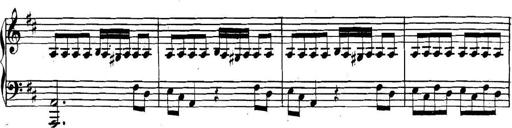
Title: Collected Piano Sonatas
Composer: Muzio Clementi